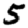
Digit: 5